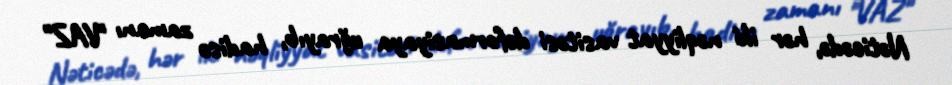
Nəticədə, hər iki nəqliyyat vasitəsi deformasiyaya uğrayıb, hadisə zamanı "VAZ"